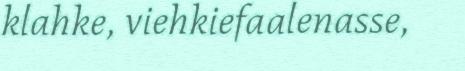
klahke, viehkiefaalenasse,